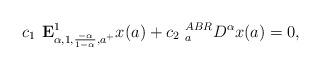
LaTeX: \begin{align*} c_1\textbf{ E}^1_{\alpha,1, \frac{-\alpha}{1-\alpha},a^+}x(a)+ c_2 ~^{ABR}_{a}D^\alpha x(a)=0,\end{align*}